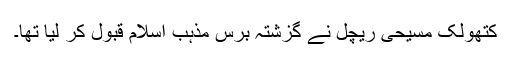
کتھولک مسیحی ریچل نے گزشتہ برس مذہب اسلام قبول کر لیا تھا۔